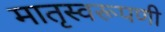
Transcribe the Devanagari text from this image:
मातृस्वरूपणी